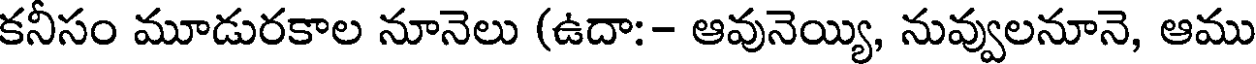
కనీసం మూడురకాల నూనెలు (ఉదా:- ఆవునెయ్యి, నువ్వులనూనె, ఆము